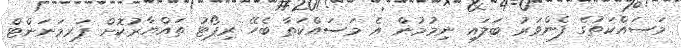
މަސައްކަތުގެ ފެންވަރު ބަލައި ނިމުމުން އެ މަސައްކަތާ ބެހޭ ރިޕޯޓު ތައްޔާރުކޮށް ޕަރމަނަންޓް